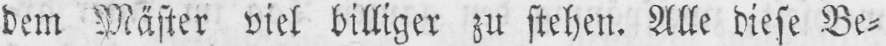
dem Mäster viel billiger zu stehen. Alle diese Be⸗